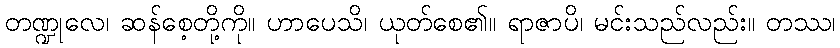
တဏ္ဍုလေ၊ ဆန်စေ့တို့ကို။ ဟာပေသိ၊ ယုတ်စေ၏။ ရာဇာပိ၊ မင်းသည်လည်း။ တဿ၊